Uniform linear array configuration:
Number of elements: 32
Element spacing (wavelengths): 0.5
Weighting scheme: binomial
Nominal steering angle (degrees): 60
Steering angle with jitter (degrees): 59.165
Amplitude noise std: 0.05
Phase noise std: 0.05

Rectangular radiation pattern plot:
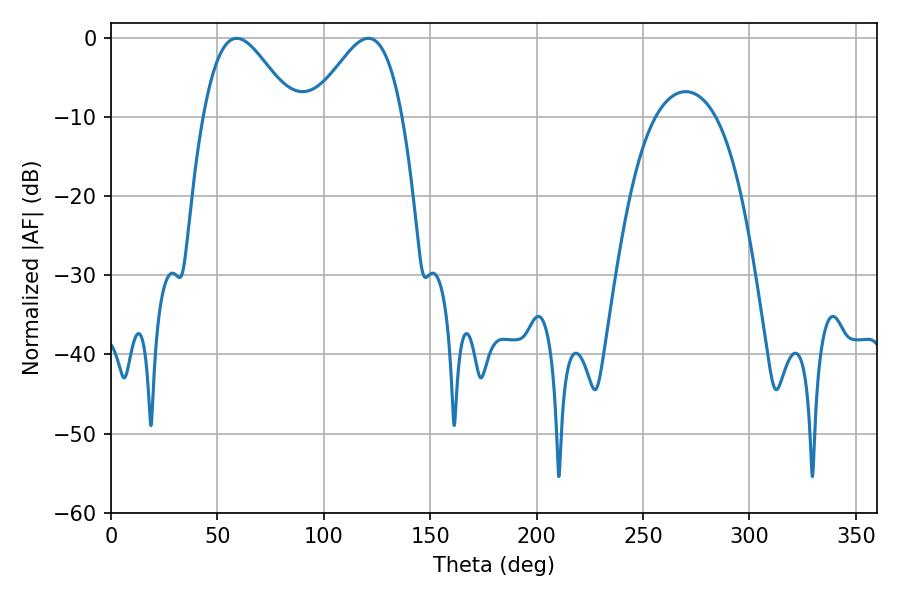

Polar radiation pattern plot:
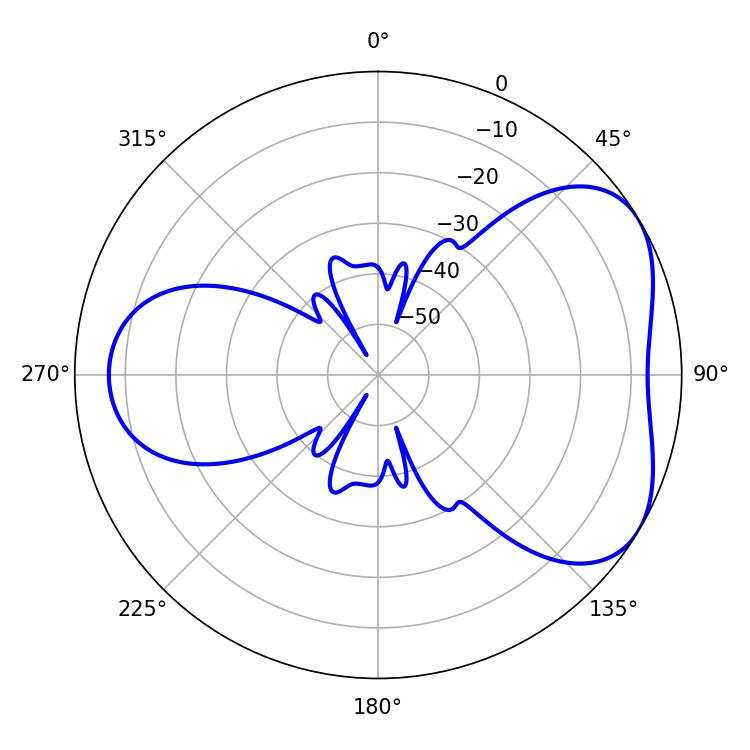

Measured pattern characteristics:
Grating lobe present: FALSE
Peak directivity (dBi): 4.699
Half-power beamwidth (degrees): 22.5
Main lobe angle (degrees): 59.04